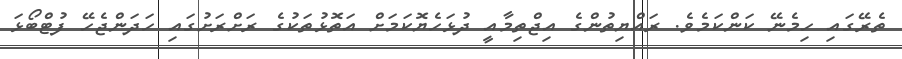
ތެރޭގައި ހިމެނޭ ކަންކަމެވެ. ރައްޔިތުންގެ އިޖްތިމާއީ ދުޅަހެޔޮކަމަށް އަތޮޅުތަކުގެ ރަށްރަށުގައި ހަދަންޖެހޭ ފުޓްބޯޅަ